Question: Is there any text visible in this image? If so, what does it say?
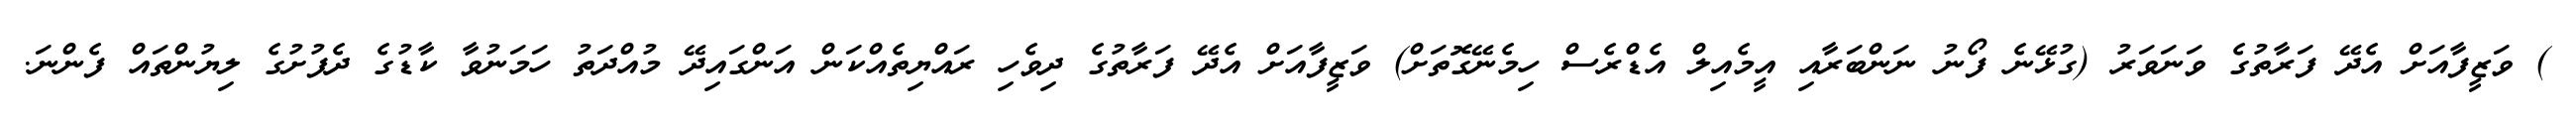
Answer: ) ވަޒީފާއަށް އެދޭ ފަރާތުގެ ވަނަވަރު (ގުޅޭނެ ފޯނު ނަންބަރާއި އީމެއިލް އެޑްރެސް ހިމެނޭގޮތަށް) ވަޒީފާއަށް އެދޭ ފަރާތުގެ ދިވެހި ރައްޔިތެއްކަން އަންގައިދޭ މުއްދަތު ހަމަނުވާ ކާޑުގެ ދެފުށުގެ ލިޔުންތައް ފެންނަ.